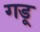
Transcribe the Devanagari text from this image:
गडू